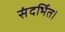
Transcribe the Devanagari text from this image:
संदर्भित।